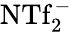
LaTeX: \mathrm{NTf_{2}^{-}}